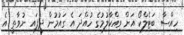
ހިއްސާ ބަޓެލްކޯ އަށް ވިއްކާލުމުގެ ހުއްދަ އެ ގައުމުން ދީފައި ނުވާތީ އެ